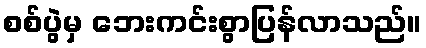
စစ်ပွဲမှ ဘေးကင်းစွာပြန်လာသည်။